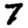
Digit: 7